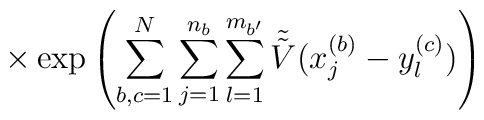
\times \exp \left( \sum_{b, c=1}^N \sum_{j=1}^{n_b} \sum_{l=1}^{m_{b^\prime}}\tilde{\tilde{V}}(x^{(b)}_j - y^{(c)}_{l}) \right)